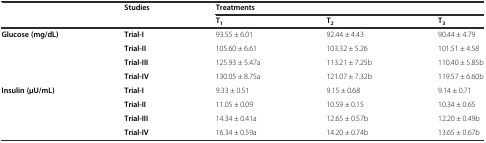
<table><thead><tr><td rowspan="2"></td><td rowspan="2"><b>Studies</b></td><td colspan="3"><b>Treatments</b></td></tr><tr><td><b>T<sub>1</sub></b></td><td><b>T<sub>2</sub></b></td><td><b>T<sub>3</sub></b></td></tr></thead><tbody><tr><td rowspan="3"><b>Glucose (mg/dL)</b></td><td><b>Trial-I</b></td><td>93.55 ± 6.01</td><td>92.44 ± 4.43</td><td>90.44 ± 4.79</td></tr><tr><td><b>Trial-II</b></td><td>105.60 ± 6.61</td><td>103.32 ± 5.26</td><td>101.51 ± 4.58</td></tr><tr><td><b>Trial-III</b></td><td>125.93 ± 5.47a</td><td>113.21 ± 7.25b</td><td>110.40 ± 5.85b</td></tr><tr><td></td><td><b>Trial-IV</b></td><td>130.05 ± 8.75a</td><td>121.07 ± 7.32b</td><td>119.57 ± 6.60b</td></tr><tr><td rowspan="4"><b>Insulin (μU/mL)</b></td><td><b>Trial-I</b></td><td>9.33 ± 0.51</td><td>9.15 ± 0.68</td><td>9.14 ± 0.71</td></tr><tr><td><b>Trial-II</b></td><td>11.05 ± 0.09</td><td>10.59 ± 0.15</td><td>10.34 ± 0.65</td></tr><tr><td><b>Trial-III</b></td><td>14.34 ± 0.41a</td><td>12.65 ± 0.57b</td><td>12.20 ± 0.49b</td></tr><tr><td><b>Trial-IV</b></td><td>16.34 ± 0.59a</td><td>14.20 ± 0.74b</td><td>13.65 ± 0.67b</td></tr></tbody></table>